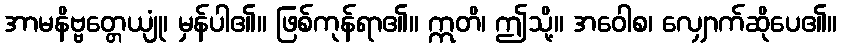
အာမနိဗ္ဗတ္တေယျုံ၊ မှန်ပါ၏။ ဖြစ်ကုန်ရာ၏။ ဣတိ၊ ဤသို့။ အဝေါစ၊ လျှောက်ဆိုပေ၏။